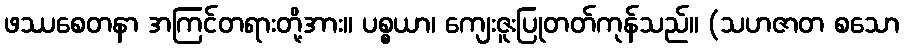
ဖဿစေတနာ အကြင်တရားတို့အား။ ပစ္စယာ၊ ကျေးဇူးပြုတတ်ကုန်သည်။ (သဟဇာတ စသော